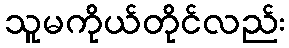
သူမကိုယ်တိုင်လည်း